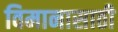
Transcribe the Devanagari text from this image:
विमानासाठी